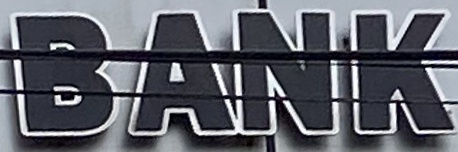
BANK